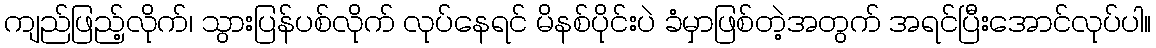
ကျည်ဖြည့်လိုက်၊ သွားပြန်ပစ်လိုက် လုပ်နေရင် မိနစ်ပိုင်းပဲ ခံမှာဖြစ်တဲ့အတွက် အရင်ပြီးအောင်လုပ်ပါ။